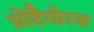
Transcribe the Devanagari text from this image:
प्रोटैगोरस